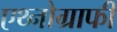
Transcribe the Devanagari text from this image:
एथ्नोग्राफी